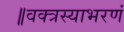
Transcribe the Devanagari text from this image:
॥वक्त्रस्याभरणं